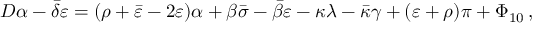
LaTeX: D \alpha - { \bar { \delta } } \varepsilon = ( \rho + { \bar { \varepsilon } } - 2 \varepsilon ) \alpha + \beta { \bar { \sigma } } - { \bar { \beta } } \varepsilon - \kappa \lambda - { \bar { \kappa } } \gamma + ( \varepsilon + \rho ) \pi + \Phi _ { 1 0 } \, ,